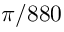
\pi / 8 8 0